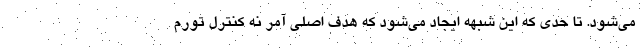
می‌شود. تا حدی که این شبهه ایجاد می‌شود که هدف اصلی آمر نه کنترل تورم